Vaccination in Burma 1900-1911 - 1900-1911
Year: 1900
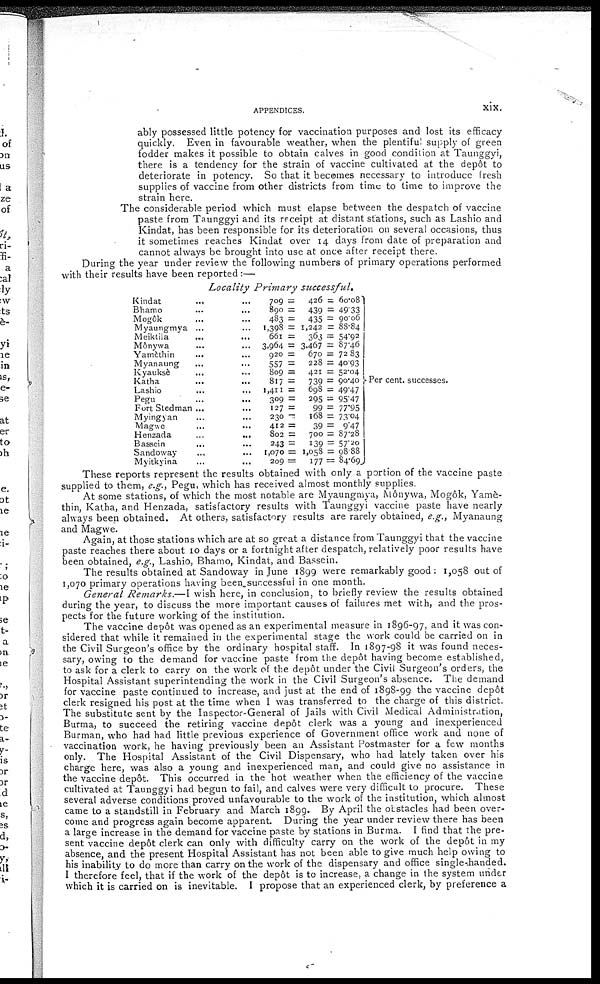
APPENDICES.
xix.
ably possessed little potency for vaccination purposes and lost its efficacy
quickly. Even in favourable weather, when the plentiful supply of green
fodder makes it possible to obtain calves in good condition at Taunggyi,
there is a tendency for the strain of vaccine cultivated at the depôt to
deteriorate in potency. So that it becomes necessary to introduce fresh
supplies of vaccine from other districts from time to time to improve the
strain here.
The considerable period which must elapse between the despatch of vaccine
paste from Taunggyi and its receipt at distant stations, such as Lashio and
Kindat, has been responsible for its deterioration on several occasions, thus
it sometimes reaches Kindat over 14 days from date of preparation and
cannot always be brought into use at once after receipt there.
During the year under review the following numbers of primary operations performed
with their results have been reported:—
Locality Primary
successful.
Kindat ... ...
Bhamo
...
...
Mogôk ... ...
Myaungmya ... ...
Meiktila ... ...
Mônywa ... ...
Yamèthin ... ...
Myanaung ... ...
Kyauksè ... ...
Katha ... ...
Lashio ... ...
Pegu ... ...
Fort Stedman ... ...
Myingyan ... ...
Magwe ... ...
Henzada
...
...
Bassein
...
...
Sandoway ... ...
Myitkyina ... ...
709 =
426 = 60.08
890 =
439 = 49.33
483 =
435 = 90.06
1,398 = 1,242 = 88.84
661 =
363 = 54.92
3,964 = 3,467 = 87.46
920 =
670 = 72.83
557 =
228 = 40.93
809 =
421 = 52.04
817 =
739 = 90.40
1,411 =
698 = 49.47
309 =
295 = 95.47
127 =
99 = 77.95
230 =
168 = 73.04
412 =
39 = 9.47
802 =
700 = 87.28
243 =
139 = 57.20
1,070 = 1,058 = 98.88
209 =
177 = 84.69
Per cent. successes.
These reports represent the results obtained with only a portion of the vaccine paste
supplied to them, e.g., Pegu, which has received almost monthly supplies.
At some stations, of which the most notable are Myaungmya, Mônywa, Mogôk, Yamè¬
thin, Katha, and Henzada, satisfactory results with Taunggyi vaccine paste have nearly
always been obtained. At others, satisfactory results are rarely obtained, e.g., Myanaung
and Magwe.
Again, at those stations which are at so great a distance from Taunggyi that the vaccine
paste reaches there about 10 days or a fortnight after despatch, relatively poor results have
been obtained, e.g., Lashio, Bhamo, Kindat, and Bassein.
The results obtained at Sandoway in June 1899 were remarkably good : 1,058 out of
1,070 primary operations having been successful in one month.
General Remarks.— I wish here, in conclusion, to briefly review the results obtained
during the year, to discuss the more important causes of failures met with, and the pros-
pects for the future working of the institution.
The vaccine depôt was opened as an experimental measure in 1896-97, and it was con-
sidered that while it remained in the experimental stage the work could be carried on in
the Civil Surgeon's office by the ordinary hospital staff. In 1897-98 it was found neces-
sary, owing to the demand for vaccine paste from the depôt having become established,
to ask for a clerk to carry on the work of the depôt under the Civil Surgeon's orders, the
Hospital Assistant superintending the work in the Civil Surgeon's absence. The demand
for vaccine paste continued to increase, and just at the end of 1898-99 the vaccine depôt
clerk resigned his post at the time when 1 was transferred to the charge of this district.
The substitute sent by the Inspector-General of Jails with Civil Medical Administration,
Burma, to succeed the retiring vaccine depôt clerk was a young and inexperienced
Burman, who had had little previous experience of Government office work and none of
vaccination work, he having previously been an Assistant Postmaster for a few months
only. The Hospital Assistant of the Civil Dispensary, who had lately taken over his
charge here, was also a young and inexperienced man, and could give no assistance in
the vaccine depôt. This occurred in the hot weather when the efficiency of the vaccine
cultivated at Taunggyi had begun to fail, and calves were very difficult to procure. These
several adverse conditions proved unfavourable to the work of the institution, which almost
came to a standstill in February and March 1899. By April the obstacles had been over-
come and progress again become apparent. During the year under review there has been
a large increase in the demand for vaccine paste by stations in Burma. I find that the pre-
sent vaccine depôt clerk can only with difficulty carry on the work of the depôt in my
absence, and the present Hospital Assistant has not been able to give much help owing to
his inability to do more than carry on the work of the dispensary and office single handed.
I therefore feel, that if the work of the depôt is to increase, a change in the system under
which it is carried on is inevitable. I propose that an experienced clerk, by preference a